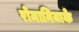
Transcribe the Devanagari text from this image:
रोमानियाके